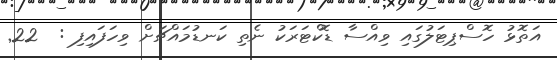
އަތޮޅު ހޮސްޕިޓަލުގައި ވިއްސާ ޑޮކްޓަރަކު ނެތި ކަނޑުމައްޗަށް ވިހަފައިފި :  22